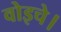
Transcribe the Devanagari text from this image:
वोइचे।